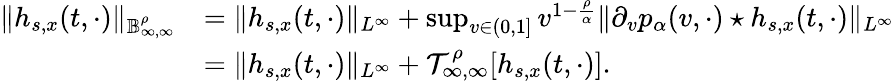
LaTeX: \begin{array}{rl}{\Vert h_{s,x}(t,\cdot)\Vert_{\mathbb{B}_{\infty,\infty}^{\rho}}}&{=\Vert h_{s,x}(t,\cdot)\Vert_{L^{\infty}}+\operatorname*{sup}_{v\in(0,1]}v^{1-\frac{\rho}{\alpha}}\Vert\partial_{v}p_{\alpha}(v,\cdot)\star h_{s,x}(t,\cdot)\Vert_{L^{\infty}}}\\ &{=\Vert h_{s,x}(t,\cdot)\Vert_{L^{\infty}}+\mathcal{T}_{\infty,\infty}^{\rho}[h_{s,x}(t,\cdot)].}\end{array}